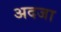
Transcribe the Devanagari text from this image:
अदजा